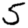
Digit: 5